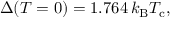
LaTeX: \Delta ( T = 0 ) = 1 . 7 6 4 \, k _ { \mathrm { { B } } } T _ { \mathrm { { c } } } ,